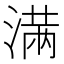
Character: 𣺏